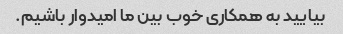
بیایید به همکاری خوب بین ما امیدوار باشیم.